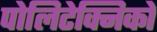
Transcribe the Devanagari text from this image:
पोलिटेक्निको